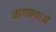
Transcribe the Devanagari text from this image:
नागफणाओं